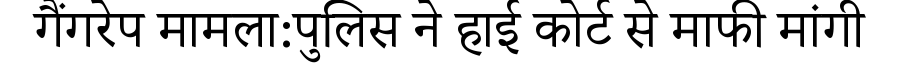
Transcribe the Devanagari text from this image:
गैंगरेप मामला:पुलिस ने हाई कोर्ट से माफी मांगी